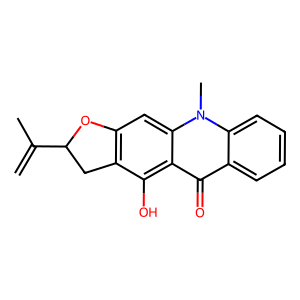
SMILES: C=C(C)C1Cc2c(cc3c(c2O)c(=O)c2ccccc2n3C)O1
Inhibits HIV replication: No